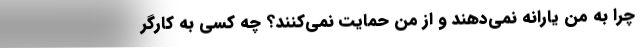
چرا به من یارانه نمی‌دهند و از من حمایت نمی‌کنند؟ چه کسی به کارگر